Punjab Mental Hospital Lahore 1922-31 - 1922-1931
Year: 1922
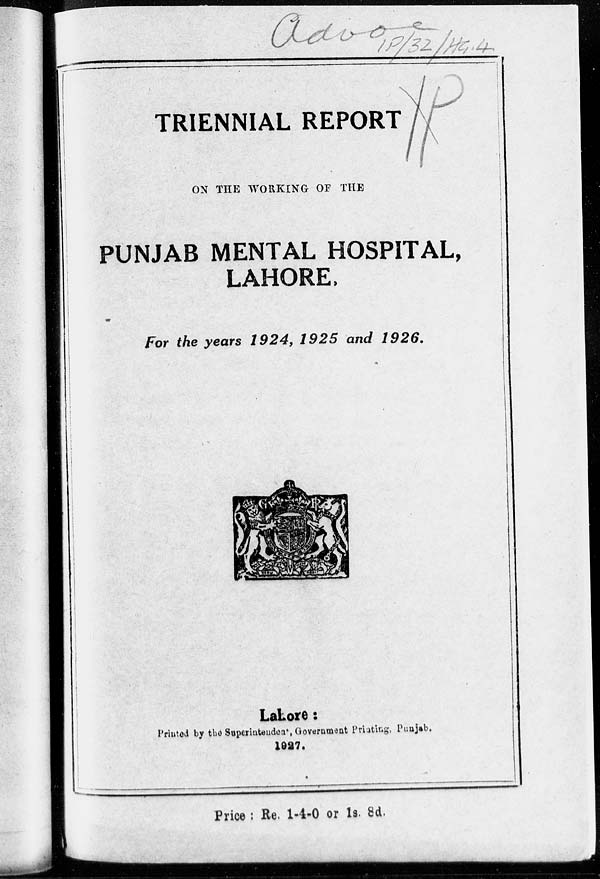
TRIENNIAL REPORT
ON THE WORKING OF THE
PUNJAB MENTAL HOSPITAL,
LAHORE.
For the years 1924, 1925 and 1926.
Lahore:
Printed by the Superintendent, Government Printing, Punjab.
1927.
Price: Re. 1-4-0 or 1s. 8d.